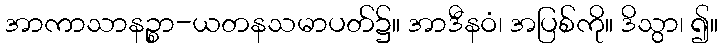
အာကာသာနဉ္စာ-ယတနသမာပတ်၌။ အာဒီနဝံ၊ အပြစ်ကို။ ဒိသွာ၊ ၍။